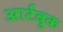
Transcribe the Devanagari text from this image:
आर्टबुक